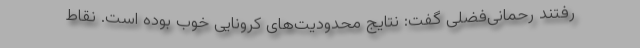
رفتند رحمانی‌فضلی گفت: نتایج محدودیت‌های کرونایی خوب بوده است. نقاط